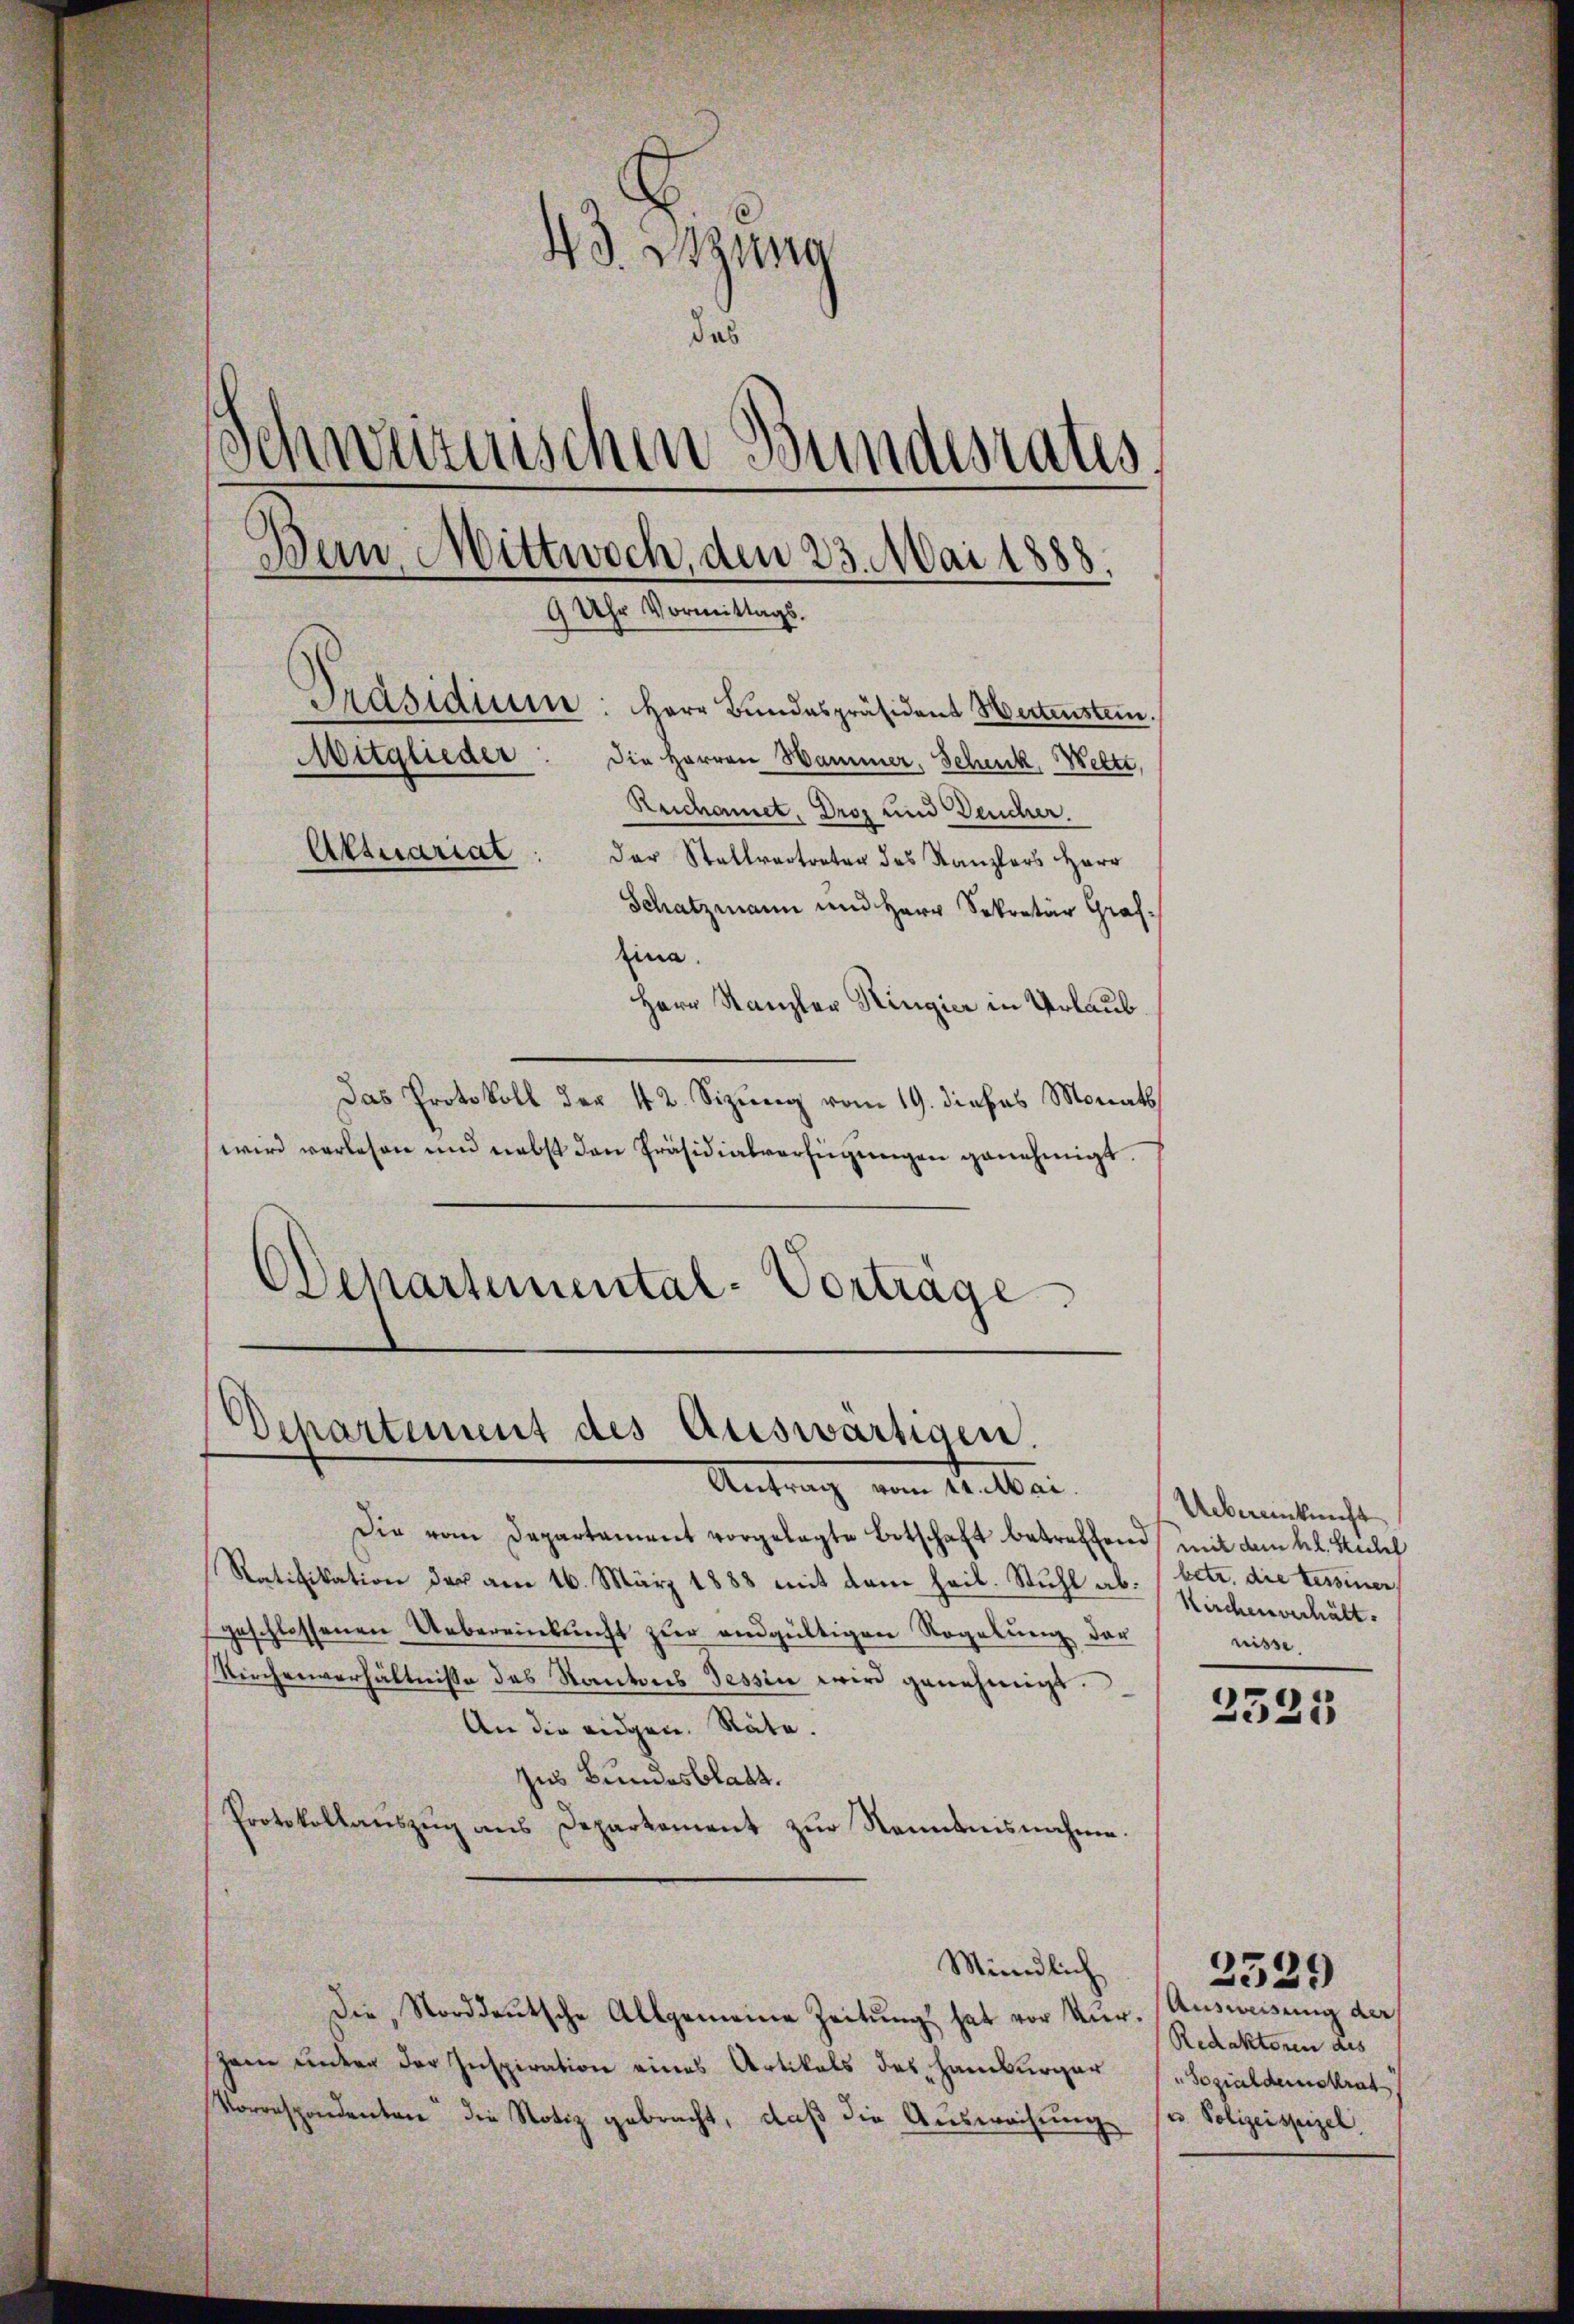
43. Dezuna
das
.
Schweizerischen Bundesrates
Dein Mittwoch, den 23. Mai 1888.
9 Uhr Vormittags.
Präsidium: Herr Bundespräsident Wertenstein.
Mitglieder
Die Herren Hammer, Schenk, Weltt,
Reichnet, Droz und Deucher.
Aktuariat
der Stallvertreter des Kanzlers Herr
Schatzmann und Herr Sekretär Graf¬
Eina.
Herr Kanzler Ringier in Urlaub.

Das Protokoll der 42. Sizung vom 19. dieses Monats
wird verlesen und nebst den Präsidialverfügungen genehmigt.
Departemental-Vorträge

.
Departement des Ateswärtigen.
Antrag vom 14. Mai.

Die vom Departament vorgelegte Botschaft betreffend mit dem hl. Seelef
Ratifikation der am 16. März 1888 mit dem heil. Stuhl ab. Nachmorhältgeschlossenen Uebereinkunft zur endgültigen Regelung der
Kirchenverhältnisse des Kantons Tessin wird genehmigt.
An die eidgen. Räte.
zus Bundesblatt.
Protokollaŭszŭg ans Departement zŭr Nenntnisnahme.
Mündlich
Die Norddeutsche Allgemeine Zeitung hat vor Kur. (Ausweisung der
Zeen einen der Inspiration eines Artikals des Hamburger
Vorrespondenten die Notiz gebracht, daß die Ausweisung

Uebereinkunft
betr. die Tessinen
nisse.

2325

Redaktoren des
Sozialdemokrat
u. Polizeisteigel.

2529